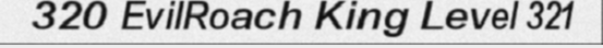
320 EvilRoach King Level 321